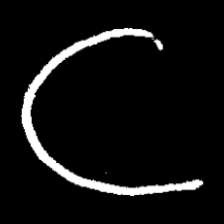
Pyu character \u2014 Myanmar letter: ဋ (romanized: tta)